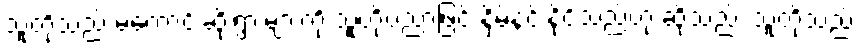
သူတို့သည် မကောင်းဆိုးရွားများကို သူတို့ပညာဖြင့် နှိမ်နင်းနိုင်သည်ဟု ဆိုသည်း သူတို့သည်